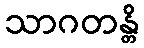
သာဂတန္တိ